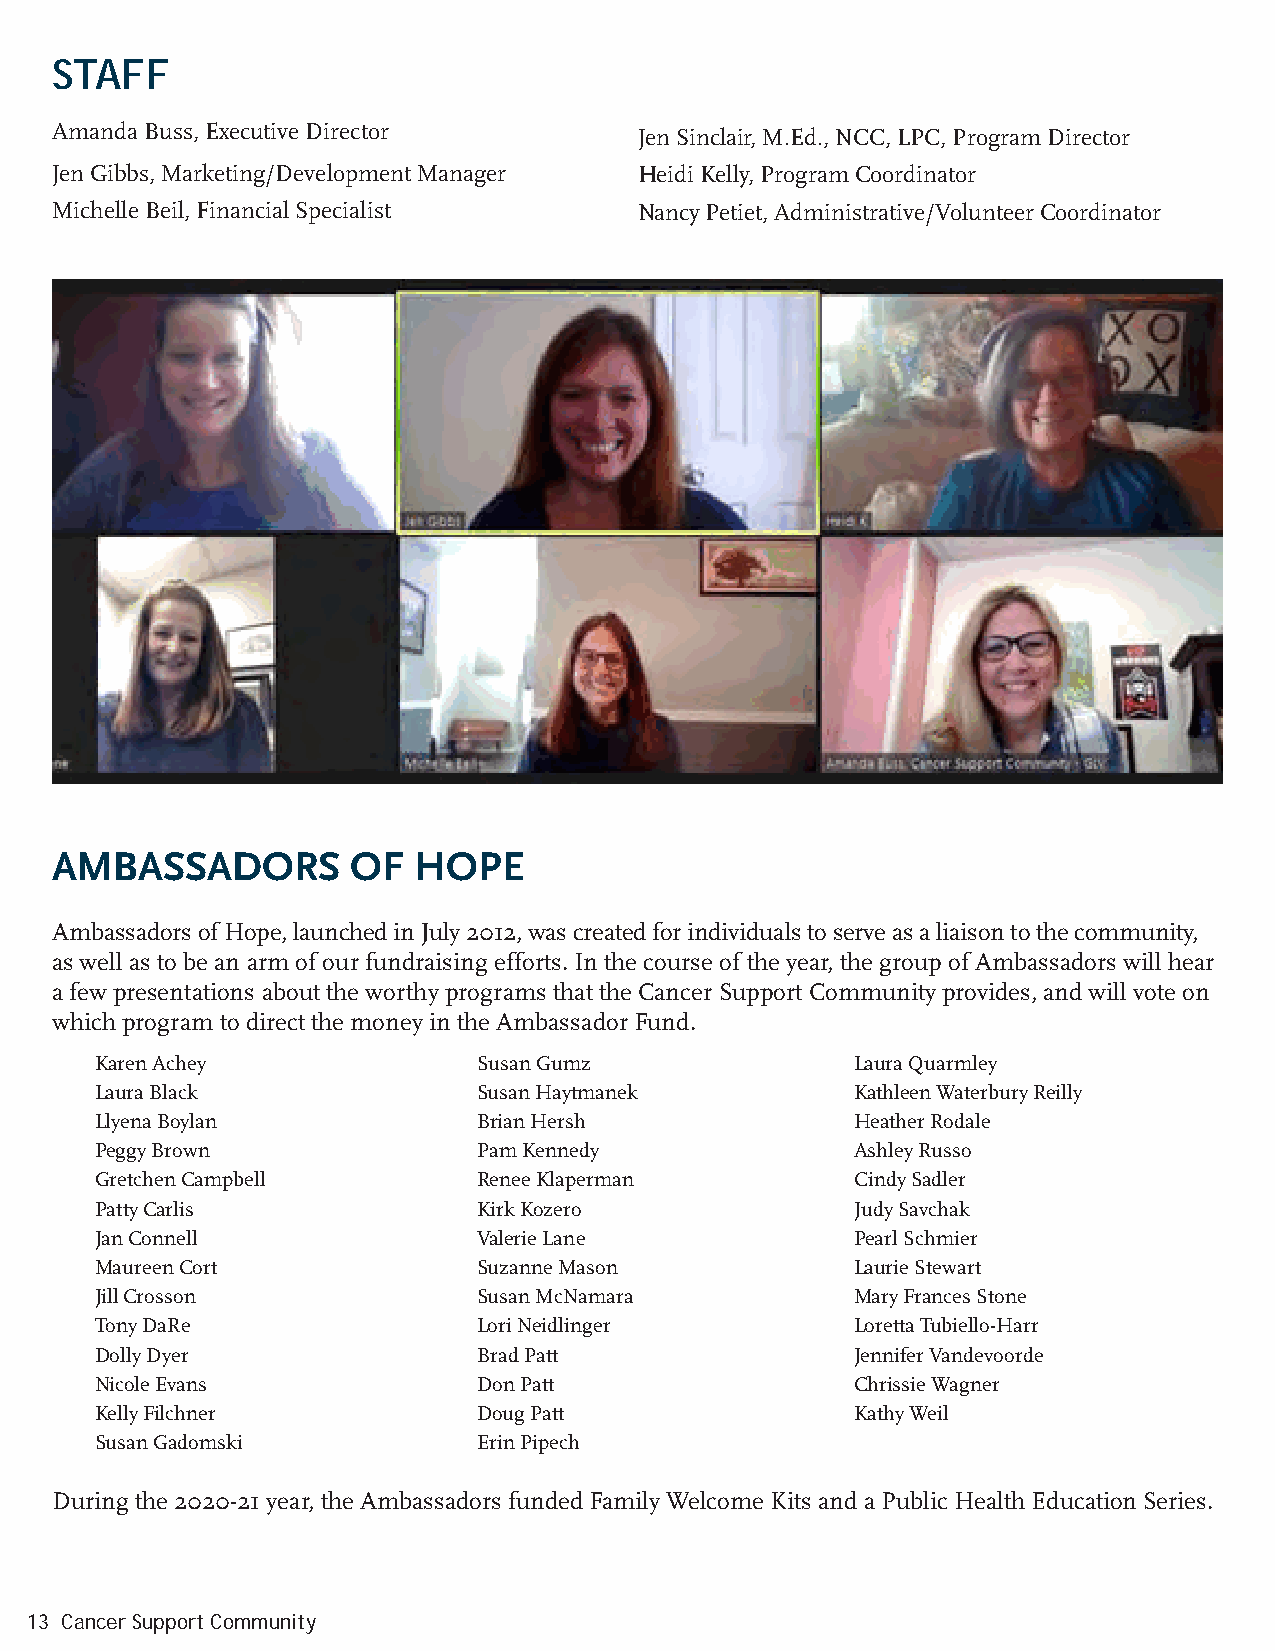
STAFF
 Amanda Buss, Executive Director        Jen Sinclair, M.Ed., NCC, LPC, Program Director
 Jen Gibbs, Marketing/Development Manager Heidi Kelly, Program Coordinator
 Michelle Beil, Financial Specialist    Nancy Petiet, Administrative/Volunteer Coordinator
 AMBASSADORS         OF  HOPE
 Ambassadors of Hope, launched in July 2012, was created for individuals to serve as a liaison to the community,
 as well as to be an arm of our fundraising efforts. In the course of the year, the group of Ambassadors will hear
 a few presentations about the worthy programs that the Cancer Support Community provides, and will vote on
 which program to direct the money in the Ambassador Fund.
 Karen Achey               Susan Gumz               Laura Quarmley
 Laura Black               Susan Haytmanek          Kathleen Waterbury Reilly
 Llyena Boylan             Brian Hersh              Heather Rodale
 Peggy Brown               Pam Kennedy              Ashley Russo
 Gretchen Campbell         Renee Klaperman          Cindy Sadler
 Patty Carlis              Kirk Kozero              Judy Savchak
 Jan Connell               Valerie Lane             Pearl Schmier
 Maureen Cort              Suzanne Mason            Laurie Stewart
 Jill Crosson              Susan McNamara           Mary Frances Stone
 Tony DaRe                 Lori Neidlinger          Loretta Tubiello-Harr
 Dolly Dyer                Brad Patt                Jennifer Vandevoorde
 Nicole Evans              Don Patt                 Chrissie Wagner
 Kelly Filchner            Doug Patt                Kathy Weil
 Susan Gadomski            Erin Pipech
 During the 2020-21 year, the Ambassadors funded Family Welcome Kits and a Public Health Education Series.
 13 Cancer Support Community